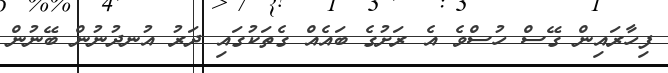
ފިހާރައިން ގޭސް ހުސްވެ އެ ރަށުގެ ބައެއް ގެތަކުގައި ދަރު އުނދުނުން ބޭނުން